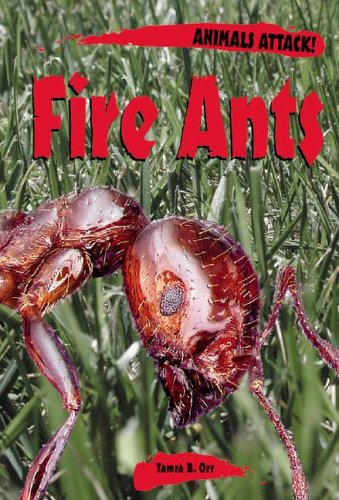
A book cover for Animals ATTACK! - Fire Ants; Tamra B. Orr; Health, Fitness & Dieting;